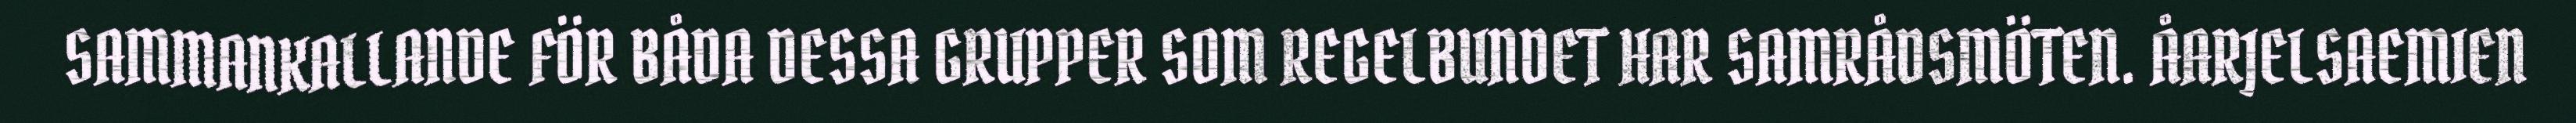
SAMMANKALLANDE FÖR BÅDA DESSA GRUPPER SOM REGELBUNDET HAR SAMRÅDSMÖTEN. ÅARJELSAEMIEN